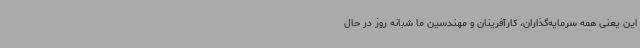
این یعنی همه سرمایه‌گذاران، کارآفرینان و مهندسین ما شبانه روز در حال